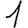
Digit: 1